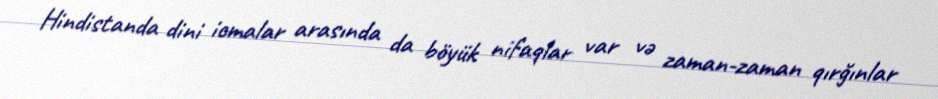
Hindistanda dini icmalar arasında da böyük nifaqlar var və zaman-zaman qırğınlar